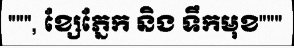
""", ខ្សែភ្នែក និង ទឹកមុខ"""